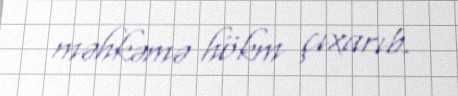
məhkəmə hökm çıxarıb.